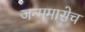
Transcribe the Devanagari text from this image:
जन्ममासेच